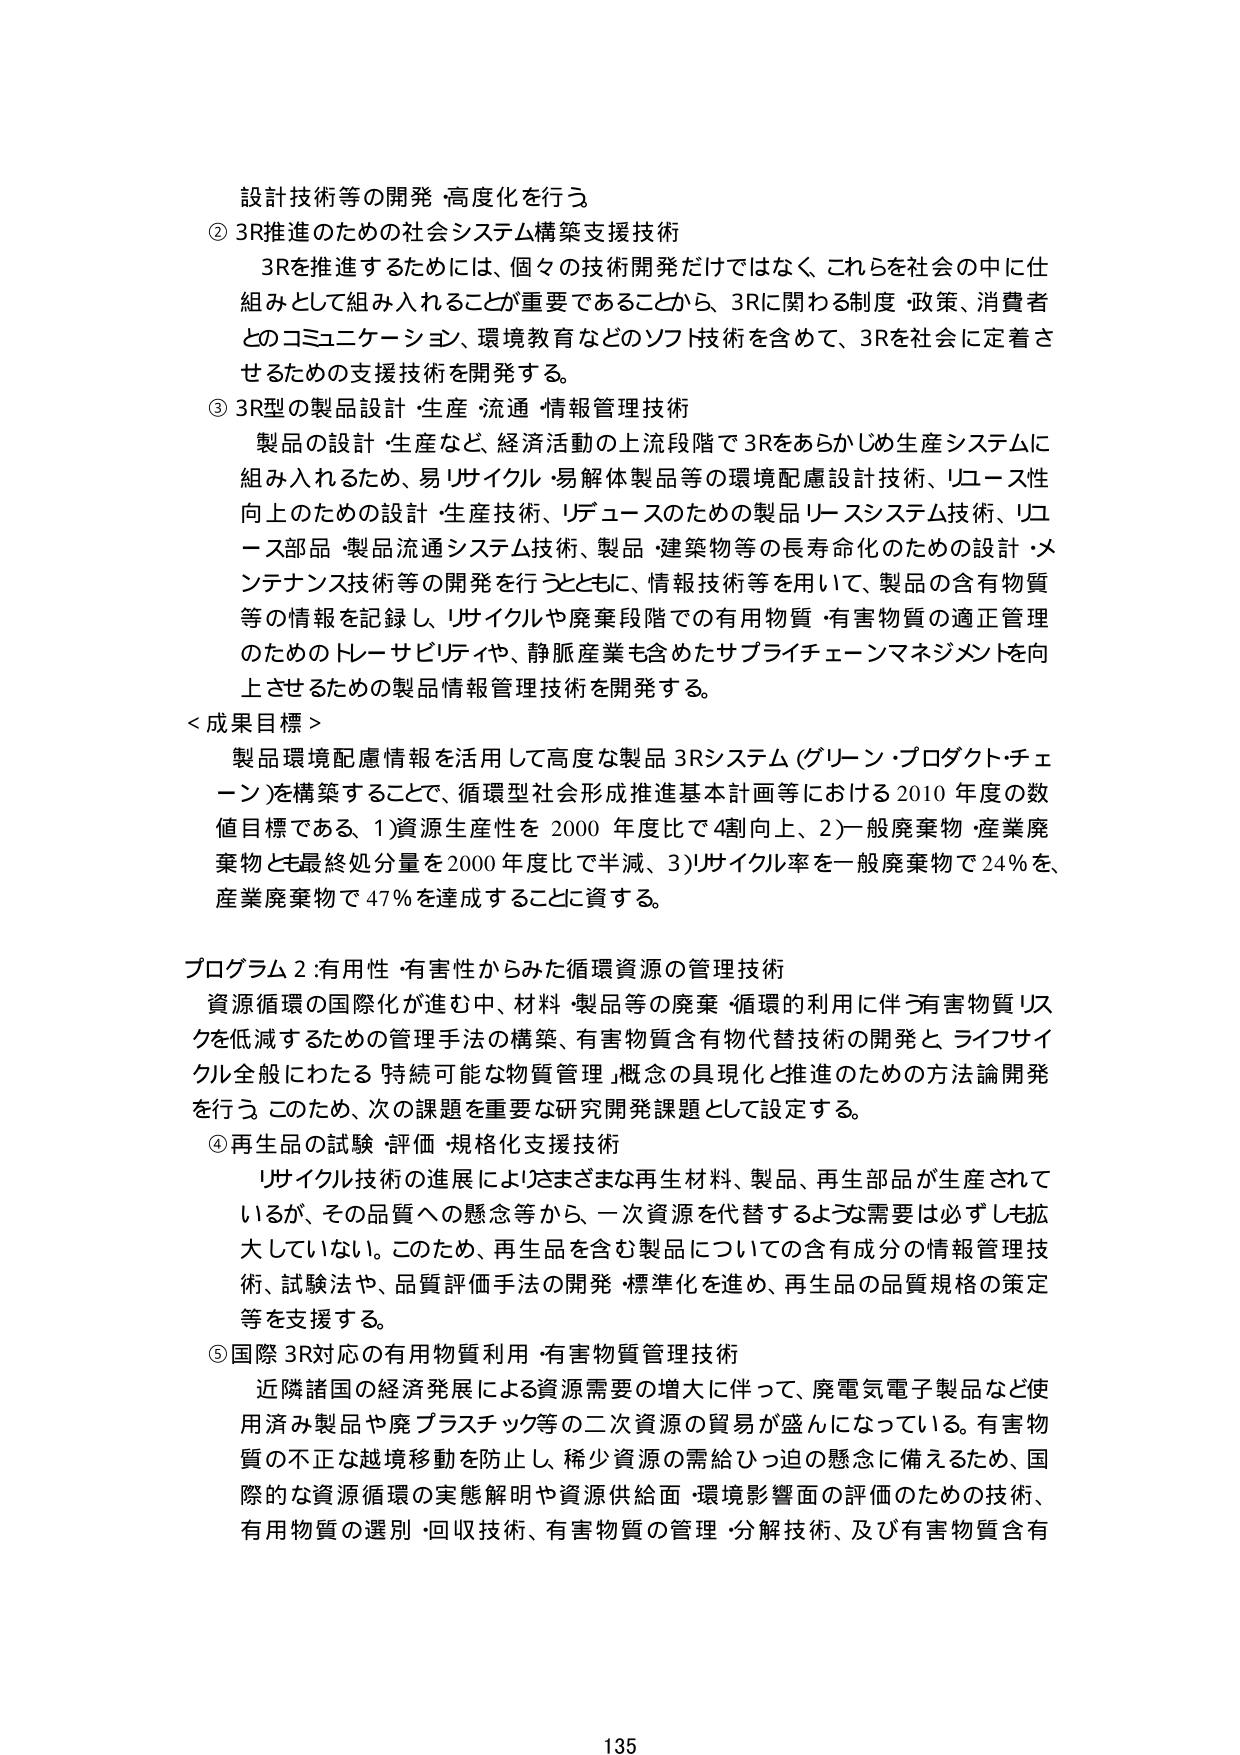
設計技術等の開発・高度化を行う
② 3R推進のための社会システム構築支援技術
　3Rを推進するためには、個々の技術開発だけではなく、これらを社会の中に仕組みとして組み入れることが重要であることから、3Rに関わる制度・政策、消費者とのコミュニケーション、環境教育などのソフト技術を含めて、3Rを社会に定着させるための支援技術を開発する。
③ 3R型の製品設計・生産・流通・情報管理技術
　製品の設計・生産など、経済活動の上流段階で3Rをあらかじめ生産システムに組み入れるため、易リサイクル・易解体製品等の環境配慮設計技術、リユース性向上のための設計・生産技術、リデュースのための製品リースシステム技術、リユース部品・製品流通システム技術、製品・建築物等の長寿命化のための設計・メンテナンス技術等の開発を行うとともに、情報技術等を用いて、製品の含有物質等の情報を記録し、リサイクルや廃棄段階での有用物質・有害物質の適正管理のためのトレーサビリティや、静脈産業も含めたサプライチェーンマネジメントを向上させるための製品情報管理技術を開発する。
＜成果目標＞
　製品環境配慮情報を活用して高度な製品3Rシステム（グリーン・プロダクト・チェーン）を構築することで、循環型社会形成推進基本計画等における2010年度の数値目標である、1）資源生産性を2000年度比で4割向上、2）一般廃棄物・産業廃棄物とも最終処分量を2000年度比で半減、3）リサイクル率を一般廃棄物で24％を、産業廃棄物で47％を達成することに資する。

プログラム2：有用性・有害性からみた循環資源の管理技術
　資源循環の国際化が進む中、材料・製品等の廃棄・循環の利用に伴う有害物質リスクを低減するための管理手法の構築、有害物質含有物代替技術の開発と、ライフサイクル全般にわたる「持続可能な物質管理」概念の具現化と推進のための方法論開発を行う。このため、次の課題を重要な研究開発課題として設定する。
④ 再生品の試験・評価・規格化支援技術
　リサイクル技術の進展によりさまざまな再生材料、製品、再生部品が生産されているが、その品質への懸念等から、一次資源を代替するような需要は必ずしも拡大していない。このため、再生品を含む製品についての含有成分の情報管理技術、試験法や、品質評価手法の開発・標準化を進め、再生品の品質規格の策定等を支援する。
⑤ 国際3R対応の有用物質利用・有害物質管理技術
　近隣諸国の経済発展による資源需要の増大に伴って、廃電気電子製品など使用済み製品や廃プラスチック等の二次資源の貿易が盛んになっている。有害物質の不正な越境移動を防止し、稀少資源の需給ひっ迫の懸念に備えるため、国際的な資源循環の実態解明や資源供給面・環境影響面の評価のための技術、有用物質の選別・回収技術、有害物質の管理・分解技術、及び有害物質含有

135